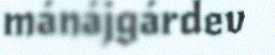
mánájgárdev